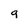
Character: g